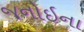
જનોઇના